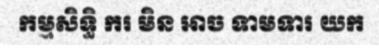
កម្មសិទ្ធិ ករ មិន អាច ទាមទារ យក